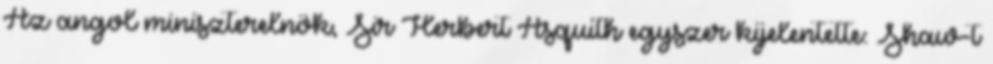
Az angol miniszterelnök, Sir Herbert Asquith egyszer kijelentette: Shaw-t